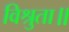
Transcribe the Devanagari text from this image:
विश्रुता॥